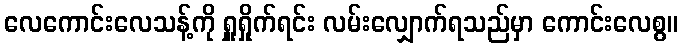
လေကောင်းလေသန့်ကို ရှူရှိုက်ရင်း လမ်းလျှောက်ရသည်မှာ ကောင်းလေစွ။